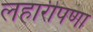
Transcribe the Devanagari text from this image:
लहारीपणा